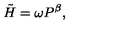
\tilde { H } = \omega P ^ { \beta } ,